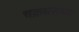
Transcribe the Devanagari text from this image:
चक्रधराच्या